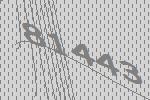
81443